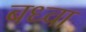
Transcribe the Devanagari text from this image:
बध्वा